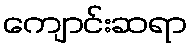
ကျောင်းဆရာ